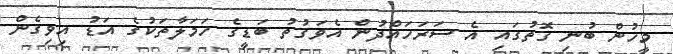
މީހުން ބުނި ގޮތުގައި އެ ސަރަހައްދުން އެވަގުތު ބަޑީގެ ހަމަލާތަކުގެ އަޑު އިވިގެން